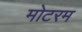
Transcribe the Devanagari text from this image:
मोटरम